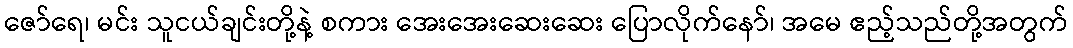
ဇော်ရေ၊ မင်း သူငယ်ချင်းတို့နဲ့ စကား အေးအေးဆေးဆေး ပြောလိုက်နော်၊ အမေ ဧည့်သည်တို့အတွက်